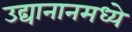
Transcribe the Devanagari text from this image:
उद्यानानमध्ये